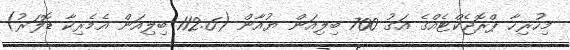
މިހުރިހާ ޕްރޮޖެކްޓެއްގެ އަގު 700 ބިލިއަން ޔުއާން (112.6 ބިލިއަން އެމެރިކާ ޑޮލަރު)